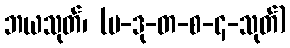
ဘယသုတ်၊ (ပ-ဒု-တ-စ-၄-သုတ်)